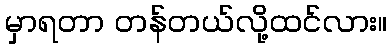
မှာရတာ တန်တယ်လို့ထင်လား။